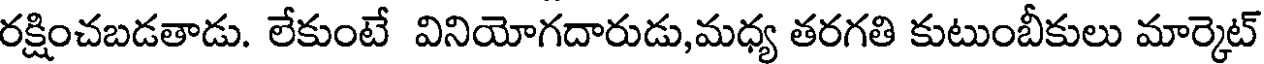
రక్షించబడతాడు. లేకుంటే వినియోగదారుడు,మధ్య తరగతి కుటుంబీకులు మార్కెట్